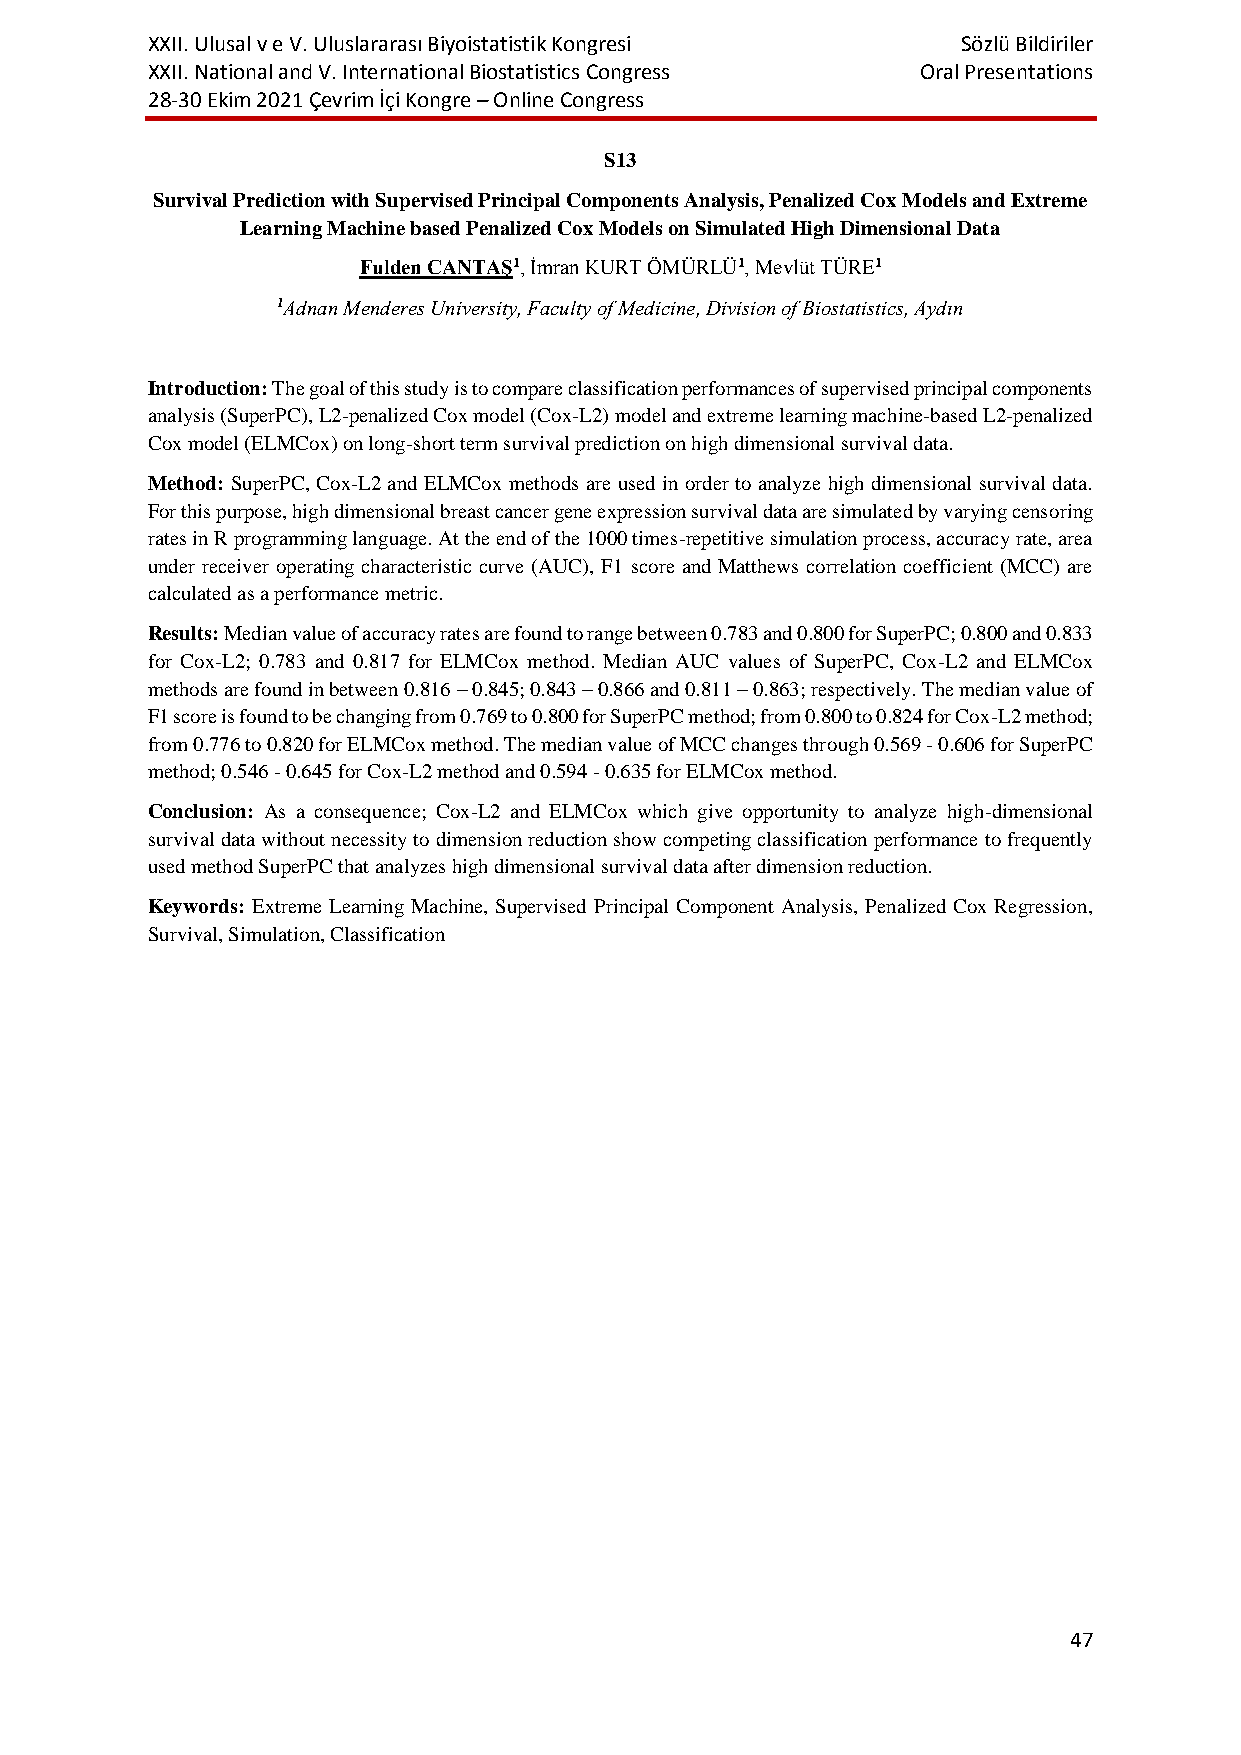
XXII. Ulusal v e V. Uluslararası Biyoistatistik Kongresi Sözlü Bildiriler
 XXII. National and V. International Biostatistics Congress Oral Presentations
 28-30 Ekim 2021 Çevrim İçi Kongre – Online Congress
 S13
 Survival Prediction with Supervised Principal Components Analysis, Penalized Cox Models and Extreme
 Learning Machine based Penalized Cox Models on Simulated High Dimensional Data
 Fulden CANTAŞ1, İmran KURT ÖMÜRLÜ1, Mevlüt TÜRE1
 1Adnan Menderes University, Faculty of Medicine, Division of Biostatistics, Aydın
 Introduction: The goal of this study is to compare classification performances of supervised principal components
 analysis (SuperPC), L2-penalized Cox model (Cox-L2) model and extreme learning machine-based L2-penalized
 Cox model (ELMCox) on long-short term survival prediction on high dimensional survival data.
 Method: SuperPC, Cox-L2 and ELMCox methods are used in order to analyze high dimensional survival data.
 For this purpose, high dimensional breast cancer gene expression survival data are simulated by varying censoring
 rates in R programming language. At the end of the 1000 times-repetitive simulation process, accuracy rate, area
 under receiver operating characteristic curve (AUC), F1 score and Matthews correlation coefficient (MCC) are
 calculated as a performance metric.
 Results: Median value of accuracy rates are found to range between 0.783 and 0.800 for SuperPC; 0.800 and 0.833
 for Cox-L2; 0.783 and 0.817 for ELMCox method. Median AUC values of SuperPC, Cox-L2 and ELMCox
 methods are found in between 0.816 – 0.845; 0.843 – 0.866 and 0.811 – 0.863; respectively. The median value of
 F1 score is found to be changing from 0.769 to 0.800 for SuperPC method; from 0.800 to 0.824 for Cox-L2 method;
 from 0.776 to 0.820 for ELMCox method. The median value of MCC changes through 0.569 - 0.606 for SuperPC
 method; 0.546 - 0.645 for Cox-L2 method and 0.594 - 0.635 for ELMCox method.
 Conclusion: As a consequence; Cox-L2 and ELMCox which give opportunity to analyze high-dimensional
 survival data without necessity to dimension reduction show competing classification performance to frequently
 used method SuperPC that analyzes high dimensional survival data after dimension reduction.
 Keywords: Extreme Learning Machine, Supervised Principal Component Analysis, Penalized Cox Regression,
 Survival, Simulation, Classification
 47